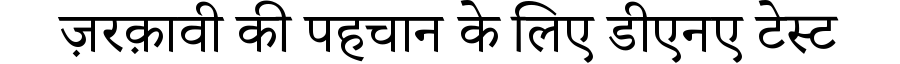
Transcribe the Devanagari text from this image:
ज़रक़ावी की पहचान के लिए डीएनए टेस्ट